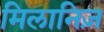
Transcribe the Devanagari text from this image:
मिलानिज़